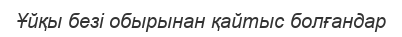
Ұйқы безі обырынан қайтыс болғандар